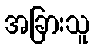
အခြားသူ